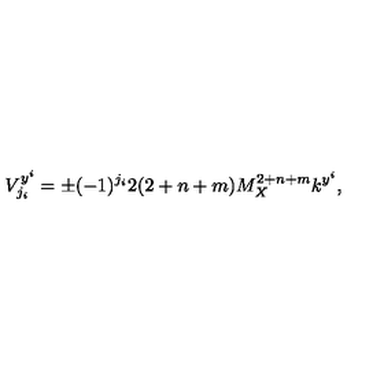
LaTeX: V _ { j _ { i } } ^ { y ^ { i } } = \pm ( - 1 ) ^ { j _ { i } } 2 ( 2 + n + m ) M _ { X } ^ { 2 + n + m } k ^ { y ^ { i } } , \,